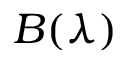
B ( \lambda )